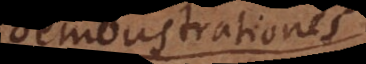
demonstrationes